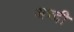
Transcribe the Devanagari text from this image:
अच्दी